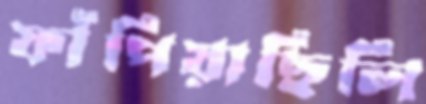
ফাঁপিয়াছিলি